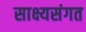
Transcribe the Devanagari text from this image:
साक्ष्यसंगत